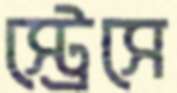
স্ট্রেসে